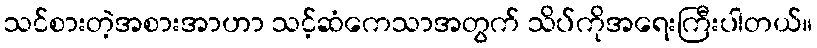
သင်စားတဲ့အစားအာဟာ သင့်ဆံကေသာအတွက် သိပ်ကိုအရေးကြီးပါတယ်။